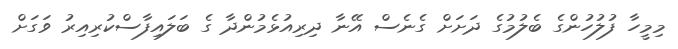
މިމީހާ ފުލުުހުންގެ ބެލުމުގެ ދަށަށް ގެނެސް އޭނާ ދިރިއުޅެމުންދާ ގެ ބަލައިފާސްކުރިއިރު ވަގަށް